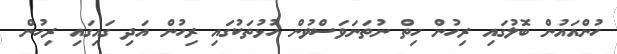
ހުންއައުން ބޮލުގައި ރިހުން ހިތް ނުތަނަވަސްވުން ހުޅުތަކުގައި ރިހުން އަދި ގައިގައި ރިހުން